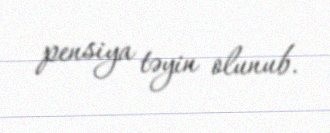
pensiya təyin olunub.